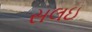
સલઇ